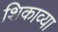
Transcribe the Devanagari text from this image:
शिकाव्या